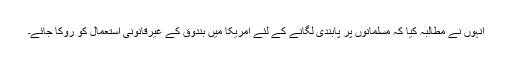
انہوں نے مطالبہ کیا کہ مسلمانوں پر پابندی لگانے کے لئے امریکا میں بندوق کے غیرقانونی استعمال کو روکا جائے۔